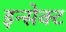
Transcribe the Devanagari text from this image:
इन्सेक्ट